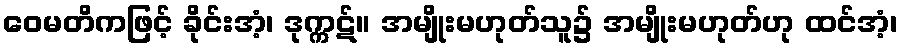
ဝေမတိကဖြင့် ခိုင်းအံ့၊ ဒုက္ကဋ်။ အမျိုးမဟုတ်သူ၌ အမျိုးမဟုတ်ဟု ထင်အံ့၊